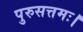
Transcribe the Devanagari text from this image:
पुरुसत्तमः।